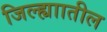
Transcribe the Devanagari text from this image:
जिल्ह्याातील